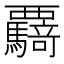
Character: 𮗌